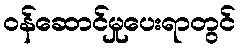
ဝန်ဆောင်မှုပေးရာတွင်